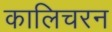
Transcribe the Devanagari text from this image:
कालिचरन